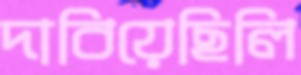
দাবিয়েছিলি